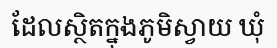
ដែលស្ថិតក្នុងភូមិស្វាយ ឃុំ